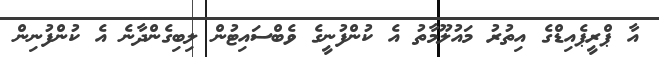
އާ ޕްރީޕެއިޑްގެ އިތުރު މައުލޫމާތު އެ ކުންފުނީގެ ވެބްސައިޓުން ލިބިގެންދާނެ އެ ކުންފުނިން